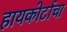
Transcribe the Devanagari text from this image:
हायकोर्टाचा